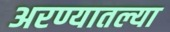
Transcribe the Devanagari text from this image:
अरण्यातल्या